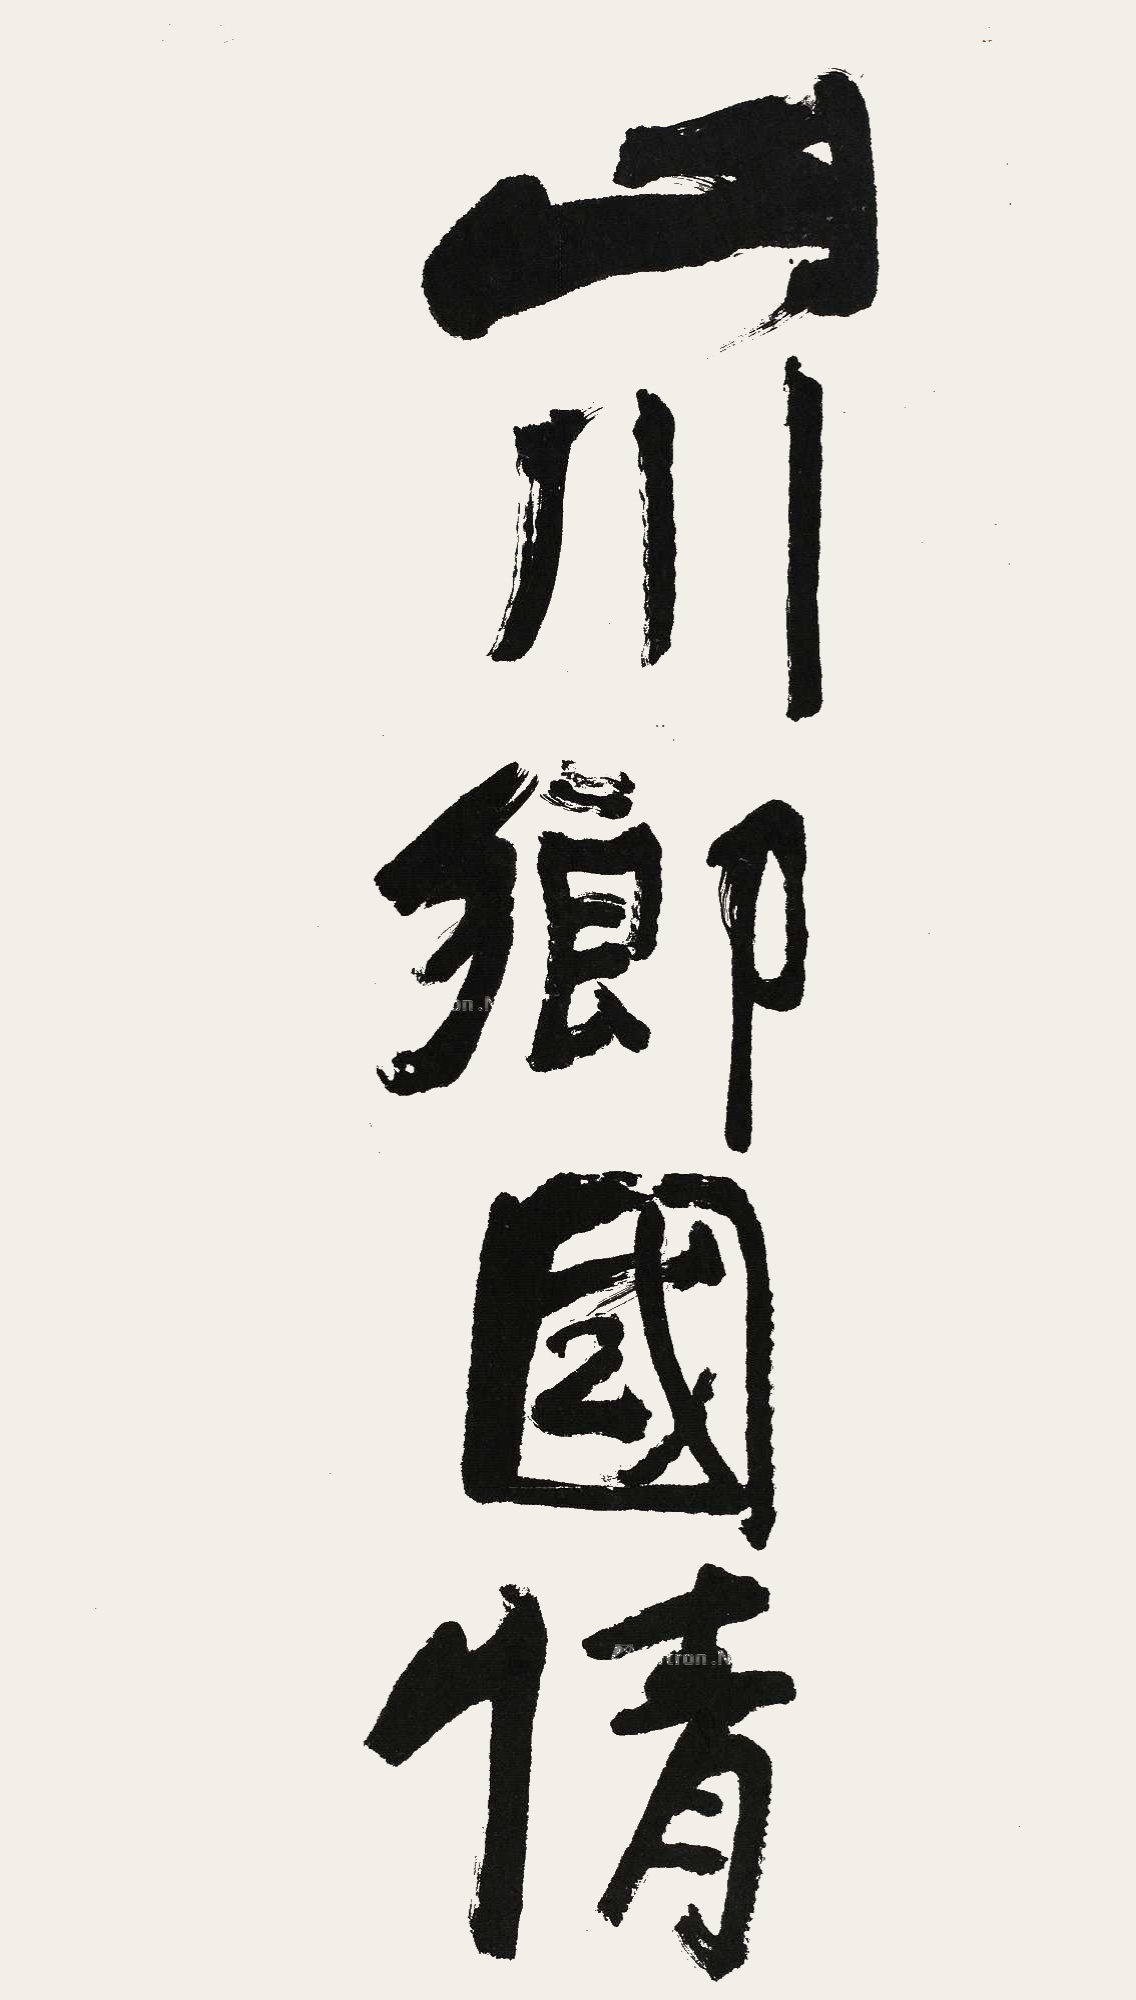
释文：山川乡国情。